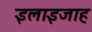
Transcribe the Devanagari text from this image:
इलाइजाह